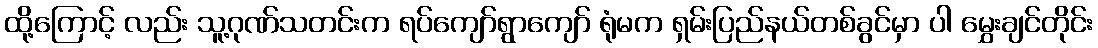
ထို့ကြောင့် လည်း သူ့ဂုဏ်သတင်းက ရပ်ကျော်ရွာကျော် ရုံမက ရှမ်းပြည်နယ်တစ်ခွင်မှာ ပါ မွှေးချင်တိုင်း